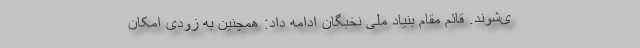
ی‌شوند. قائم مقام بنیاد ملی نخبگان ادامه داد: همچنین به زودی امکان